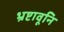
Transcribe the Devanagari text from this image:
भ्रष्टावूनि